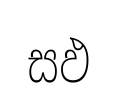
සඵ